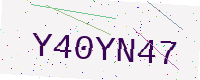
Text: Y40YN47